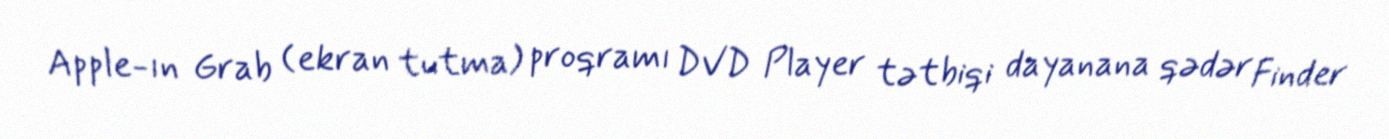
Apple-ın Grab (ekran tutma) proqramı DVD Player tətbiqi dayanana qədər Finder